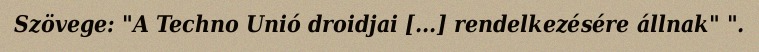
Szövege: "A Techno Unió droidjai [...] rendelkezésére állnak" ".